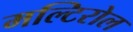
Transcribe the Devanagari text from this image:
मल्टिरोल